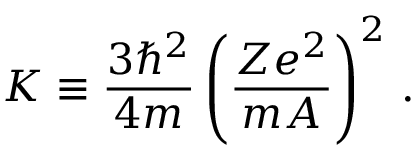
K \equiv \frac { 3 \hbar ^ { 2 } } { 4 m } \left( \frac { Z e ^ { 2 } } { m A } \right) ^ { 2 } \, { . }